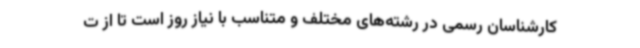
کارشناسان رسمی در رشته‌های مختلف و متناسب با نیاز روز است تا از ت